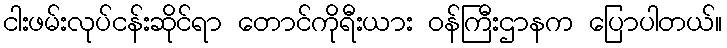
ငါးဖမ်းလုပ်ငန်းဆိုင်ရာ တောင်ကိုရီးယား ဝန်ကြီးဌာနက ပြောပါတယ်။